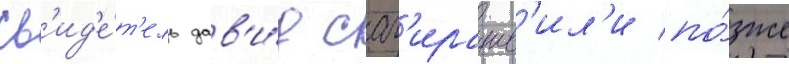
Св'ид'е́т'ель дав'и́д саг'ирашв'ил'и по́зже